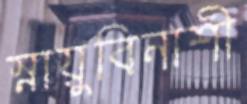
স্নায়ুবিনাশী